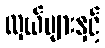
လှယ်များနှင့်